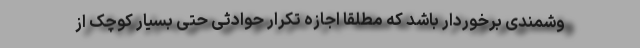
وشمندی برخوردار باشد که مطلقاً اجازه تکرار حوادثی حتی بسیار کوچک از